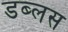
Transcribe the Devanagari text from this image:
डब्लस